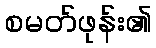
စမတ်ဖုန်း၏